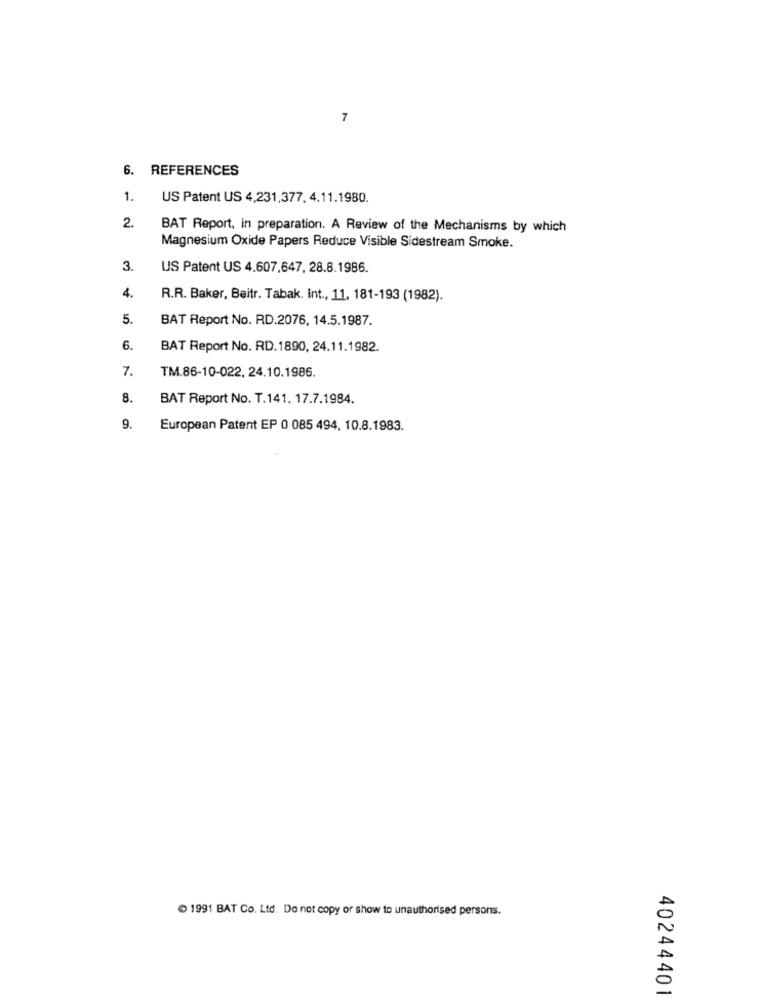
7
. REFERENCES
1.
US Patent US 4,231,377, 4,11.1980.
2.
BAT Report, in preparation. A Review of the Mechanisms by which
Magnesium Oxide Papers Reduce Visible Sidestream Smoke.
3.
US Patent US 4.607,647, 28.8.1986.
4.
R.R. Baker, Beitr. Tabak. Int ., 11, 181-193 (1982).
5.
BAT Report No. RD.2076, 14.5.1987.
6.
BAT Report No. RD.1890, 24.11.1982.
7.
TM.86-10-022, 24.10.1986.
8.
BAT Report No. T.141, 17.7.1984.
9.
European Patent EP 0 085 494, 10.8.1983.
1991 BAT Co. Ltd. Do not copy or show to unauthorised persons.
40244401